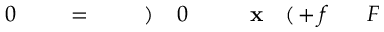
F \! \! \! \! \! \! \! \! \! \! \! \! ^ { \! } \! \! \! \! \! \! \! \! \! \! \! + f \! \! \! \! \! \! \! \! \! \! \! \! ( \! \! \! \! \! \! \! \! \! \! \! \! \mathbf { x } \! \! \! \! \! \! \! \! \! \! \! \! _ { \! } \! \! \! \! \! \! \! \! \! \! \! 0 \! \! \! \! \! \! \! \! \! \! \! \! ) \! \! \! \! \! \! \! \! \! \! \! \! \! \! \! \! \! \! \! \! \! \! \! \! = \! \! \! \! \! \! \! \! \! \! \! \! \! \! \! \! \! \! \! \! \! \! \! \! 0 \! \! \! \! \! \! \! \! \! \! \!